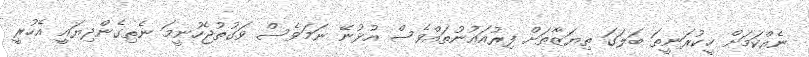
ނެއްކަމަށް ހީކުރަނީތަ ބަލަގަ ތިޔަޒާތަށް ފިރުއައުނުތައްވެސް އުޅުނޭ ނަމަވެސް ވަގުތުޖެހުނީމަ ނެތިގެންދިޔައީ އެހުރީ